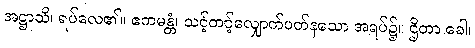
အဋ္ဌာသိ၊ ရပ်လေ၏။ ဧကမန္တံ၊ သင့်တင့်လျှောက်ပတ်နသော အရပ်၌။ ဌိတာ ခေါ၊